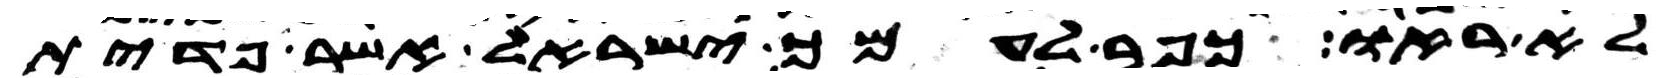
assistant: לא ראו כפר לעמך ישראל אשר פדית